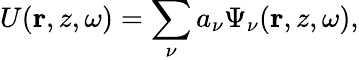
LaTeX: U({\mathbf r},z,\omega)=\sum_{\nu}a_{\nu}\Psi_{\nu}({\mathbf r},z,\omega),